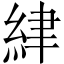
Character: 䋖